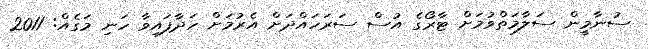
ސުނާމީން ސަލާމަތްވުމަށް ޓާރޯގެ އުސް ސަރަހައްދަށް އެރުމަށް ހަދާފައިވާ ހަނި މަގެއް: 2011